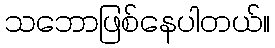
သဘောဖြစ်နေပါတယ်။